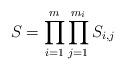
LaTeX: \begin{align*}S=\prod_{i=1}^m\prod_{j=1}^{m_i}S_{i,j}\end{align*}